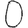
Digit: 0